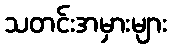
သတင်းအမှားများ